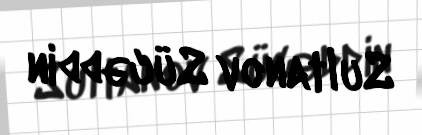
Sultanov Sücəddin